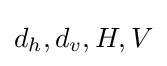
d_{h},d_{v},H,V